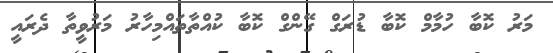
މަރު ކޮބާ ހުމާމް ކޮބާ ޑުރަގް ގޭންގް ކޮބާ ކުއްތާތައްމިހާރު މަރުވީތާ ދެރައީ